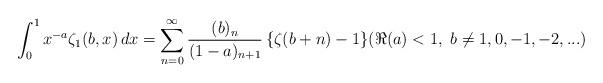
LaTeX: \begin{align*}\int_0^1 x^{-a} \zeta_1(b,x)\,dx=\sum_{n=0}^\infty \frac{(b)_n}{(1-a)_{n+1}}\,\{\zeta(b+n)-1\}(\Re (a)<1,\ b\ne1, 0, -1, -2,...)\end{align*}